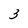
Character: 3